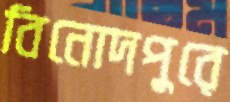
বিনোদপুরে